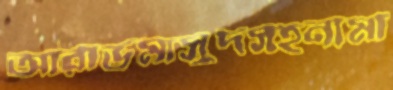
আরাভমাসুদসহনামা